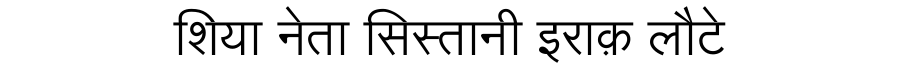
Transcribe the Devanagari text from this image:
शिया नेता सिस्तानी इराक़ लौटे